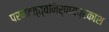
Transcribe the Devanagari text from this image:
परमतत्त्वनिर्णयप्रकाश